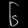
Digit: ၆